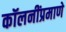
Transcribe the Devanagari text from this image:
कॉलनींप्रमाणे